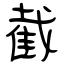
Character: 截